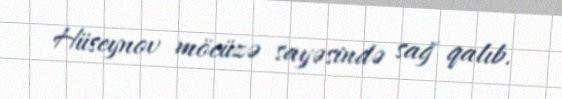
Hüseynov möcüzə sayəsində sağ qalıb.